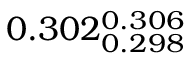
0 . 3 0 2 _ { 0 . 2 9 8 } ^ { 0 . 3 0 6 }